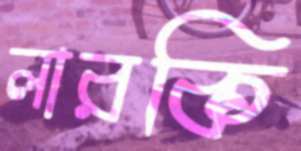
লারকি